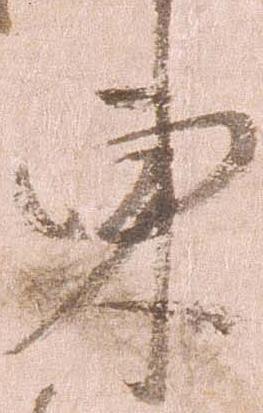
東